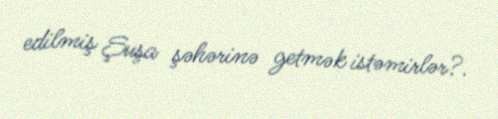
edilmiş Şuşa şəhərinə getmək istəmirlər?.